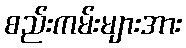
စည်းကမ်းများအား